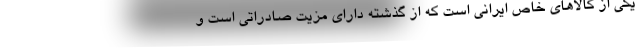
یکی از کالاهای خاص ایرانی است که از گذشته دارای مزیت صادراتی است و